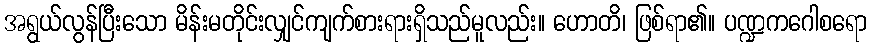
အရွယ်လွန်ပြီးသော မိန်းမတိုင်းလျှင်ကျက်စားရားရှိသည်မူလည်း။ ဟောတိ၊ ဖြစ်ရာ၏။ ပဏ္ဍကဂေါစရော